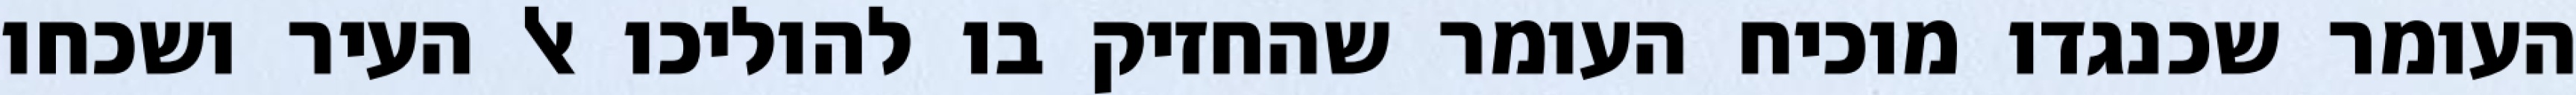
העומר שכנגדו מוכיח העומר שהחזיק בו להוליכו אל העיר ושכחו